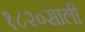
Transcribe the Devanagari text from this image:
१८२०साली